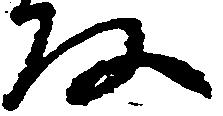
な